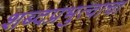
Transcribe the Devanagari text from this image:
शब्दप्रभुत्वाचा